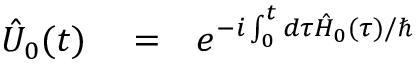
\begin{array} { r l r } { \hat { U } _ { 0 } ( t ) } & { { } = } & { e ^ { - i \int _ { 0 } ^ { t } d \tau \hat { H } _ { 0 } ( \tau ) / \hbar } } \end{array}